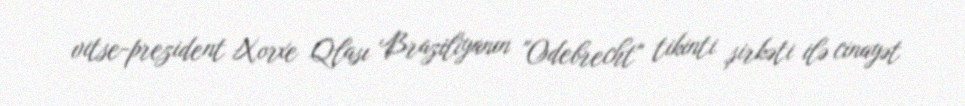
vitse-prezident Xorxe Qlası Braziliyanın "Odebrecht" tikinti şirkəti ilə cinayət